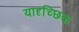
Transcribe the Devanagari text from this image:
यादृच्‍छिक